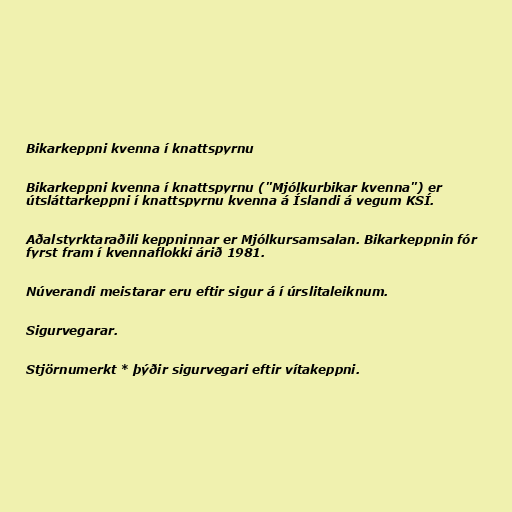
Bikarkeppni kvenna í knattspyrnu

Bikarkeppni kvenna í knattspyrnu ("Mjólkurbikar kvenna") er
útsláttarkeppni í knattspyrnu kvenna á Íslandi á vegum KSÍ.

Aðalstyrktaraðili keppninnar er Mjólkursamsalan. Bikarkeppnin fór
fyrst fram í kvennaflokki árið 1981.

Núverandi meistarar eru eftir sigur á í úrslitaleiknum.

Sigurvegarar.

Stjörnumerkt * þýðir sigurvegari eftir vítakeppni.